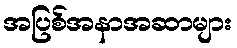
အပြစ်အနာအဆာများ